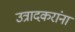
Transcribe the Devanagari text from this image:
उत्रादकरांना